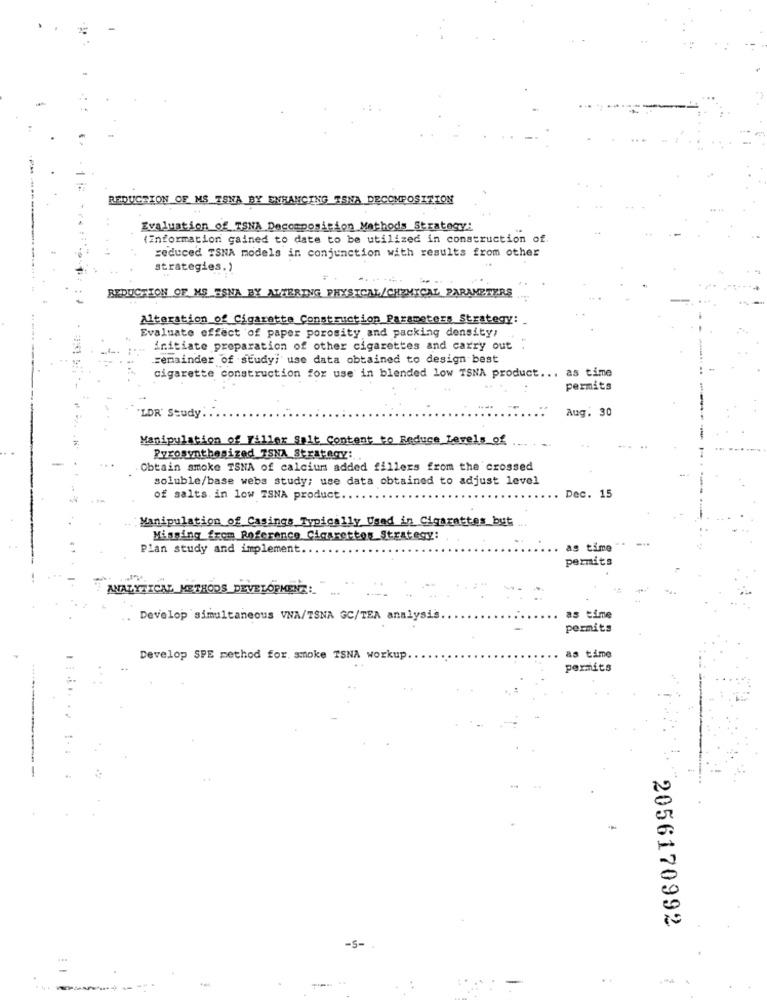
REDUCTION OF MS TSNA BY ENHANCING TSNA DECOMPOSITION
Evaluation of TSNA Decomposition Methods Strategy:
(information gained to date to be utilized in construction of
reduced TSNA models in conjunction with results from other
strategies.)
REDUCTION OF MS ESNA BY ALTERING PHYSICAL/CHEMICAL PARAMETERS
Alteration of Cigarette Construction Parameters Strategy:
Evaluate effect of paper porosity and packing density;
initiate preparation of other cigarettes and carry out
remainder of studyi use data obtained to design best
cigarette construction for use in blended low TSNA product ... as time
permits
Aug. 30
"LDR' Study .. "
Manipulation of Willer Salt Content to Reduce Levels of
Pyrosynthesized TSNA Strategy:
.Obtain smoke TSNA of calcium added fillers from the crossed
soluble/base webs study; use data obtained to adjust level
of salts. in low TSNA product ..
Dec. 15
Manipulation of Casings Typically Used in Cigarettes but
Missing from Reference Cigarettes Strategy:
Plan study and implement.
as time"
permits
ANALYTICAL METHODS DEVELOPMENT:
Develop simultaneous VNA/TSNA GC/TEA analysis.
as time
permits
Develop SPE method for, smoke TSNA workup.
as time
permits
2056170992
-5-
-
...
. .